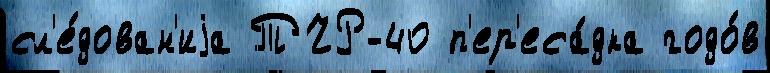
сл'е́дован'иjа ТЧР-40 п'ер'еса́дка годо́в